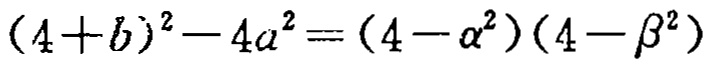
\((4 + b)^2 - 4a^2 = (4 - \alpha^2)(4 - \beta^2)\)